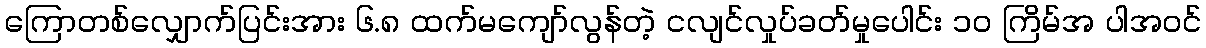
ကြောတစ်လျှောက်ပြင်းအား ၆.၈ ထက်မကျော်လွန်တဲ့ ငလျင်လှုပ်ခတ်မှုပေါင်း ၁၀ ကြိမ်အ ပါအဝင်